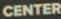
CENTER